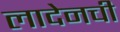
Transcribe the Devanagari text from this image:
लादेनची